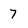
Character: 7